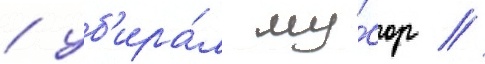
/ уб'ира́л му́сор /